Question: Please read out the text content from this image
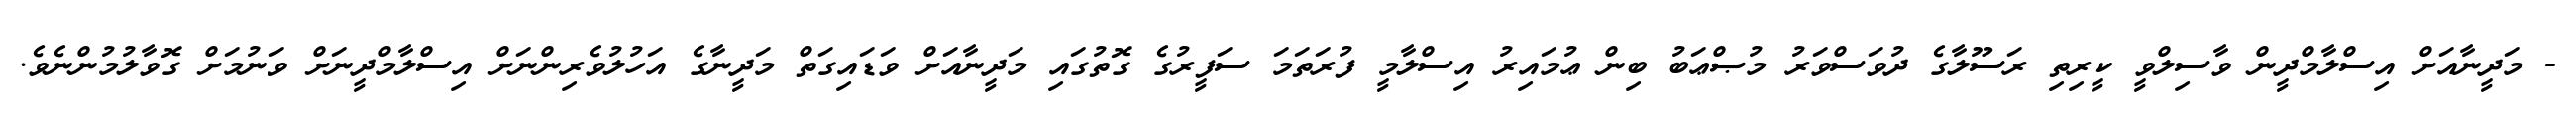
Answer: - މަދީނާއަށް އިސްލާމްދީން ވާސިލްވީ ކީރިތި ރަސޫލާގެ ދުވަސްވަރު މުޞްޢަބު ބިން ޢުމައިރު އިސްލާމީ ފުރަތަމަ ސަފީރުގެ ގޮތުގައި މަދީނާއަށް ވަޑައިގަތް މަދީނާގެ އަހުލުވެރިންނަށް އިސްލާމްދީނަށް ވަނުމަށް ގޮވާލުމުންނެވެ.